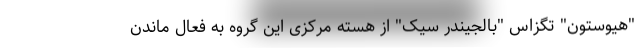
"هیوستون" تگزاس "بالجیندر سیک" از هسته مرکزی این گروه به فعال ماندن